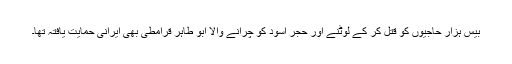
بیس ہزار حاجیوں کو قتل کر کے لوٹنے اور حجر اسود کو چرانے والا ابو طاہر قرامطی بھی ایرانی حمایت یافتہ تھا۔